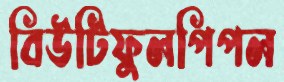
বিউটিফুলপিপল